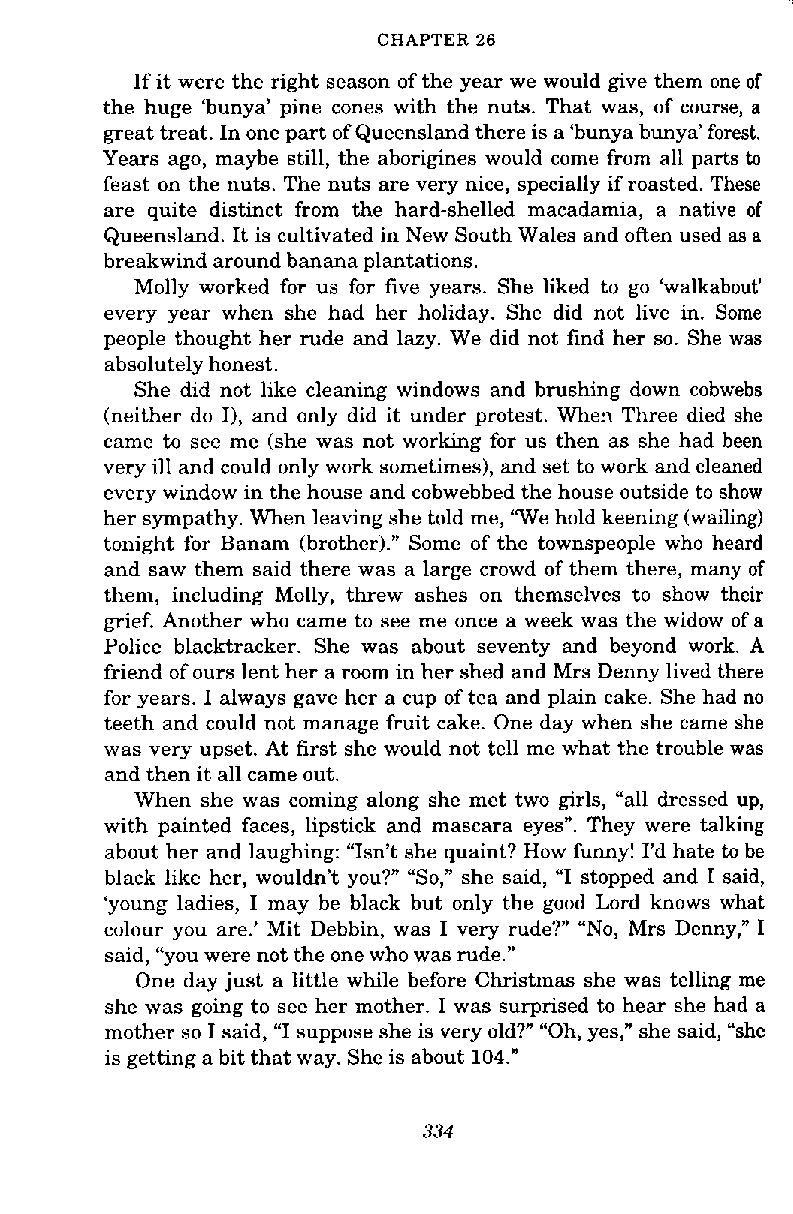
CHAPTER 26
 If it were the right season of the year we would give them one of
 the huge 'bunya' pine cones with the nuts. That was, of course, a
 great treat. In one part of Queensland there is a 'bunya bunya' forest.
 Years ago, maybe still, the aborigines would come from all parts to
 feast on the nuts. The nuts are very nice, specially if roasted. These
 are quite distinct from the hard-shelled macadamia, a native of
 Queensland. It is cultivated in New South Wales and often used as a
 breakwind around banana plantations.
 Molly worked for us for five years. She liked to go 'walkabout'
 every year when she had her holiday. She did not live in. Some
 people thought her rude and lazy. We did not find her so. She was
 absolutely honest.
 She did not like cleaning windows and brushing down cobwebs
 (neither do I), and only did it under protest. When Three died she
 came to see me (she was not working for us then as she had been
 very ill and could only work sometimes), and set to work and cleaned
 every window in the house and cobwebbed the house outside to show
 her sympathy. When leaving she told me, "We hold keening (wailing)
 tonight for Banam (brother)." Some of the townspeople who heard
 and saw them said there was a large crowd of them there, many of
 them, including Molly, threw ashes on themselves to show their
 grief. Another who came to see me once a week was the widow of a
 Police blacktracker. She was about seventy and beyond work. A
 friend of ours lent her a room in her shed and Mrs Denny lived there
 for years. I always gave her a cup of tea and plain cake. She had no
 teeth and could not manage fruit cake. One day when she came she
 was very upset. At first she would not tell me what the trouble was
 and then it all came out.
 When she was coming along she met two girls, "all dressed up,
 with painted faces, lipstick and mascara eyes". They were talking
 about her and laughing: "Isn't she quaint? How funny! I'd hate to be
 black like her, wouldn't you?" "So," she said, "I stopped and I said,
 'young ladies, I may be black but only the good Lord knows what
 colour you are.' Mit Debbin, was I very rude?" "No, Mrs Denny," I
 said, "you were not the one who was rude."
 One day just a little while before Christmas she was telling me
 she was going to see her mother. I was surprised to hear she had a
 mother so I said, "I suppose she is very old?" "Oh, yes," she said, "she
 is getting a bit that way. She is about 104."